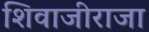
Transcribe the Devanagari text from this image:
शिवाजीराजा